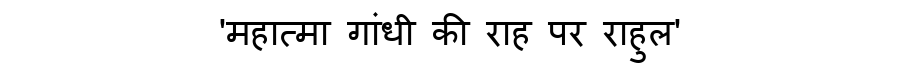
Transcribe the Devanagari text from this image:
'महात्मा गांधी की राह पर राहुल'